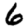
Digit: 6